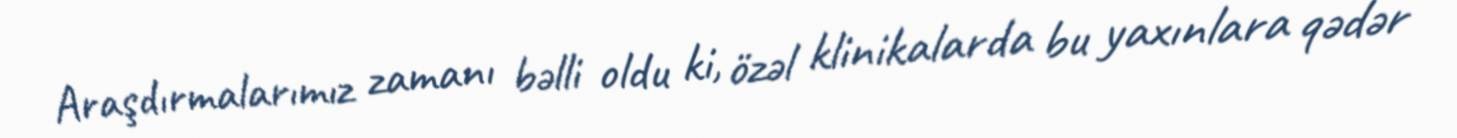
Araşdırmalarımız zamanı bəlli oldu ki, özəl klinikalarda bu yaxınlara qədər